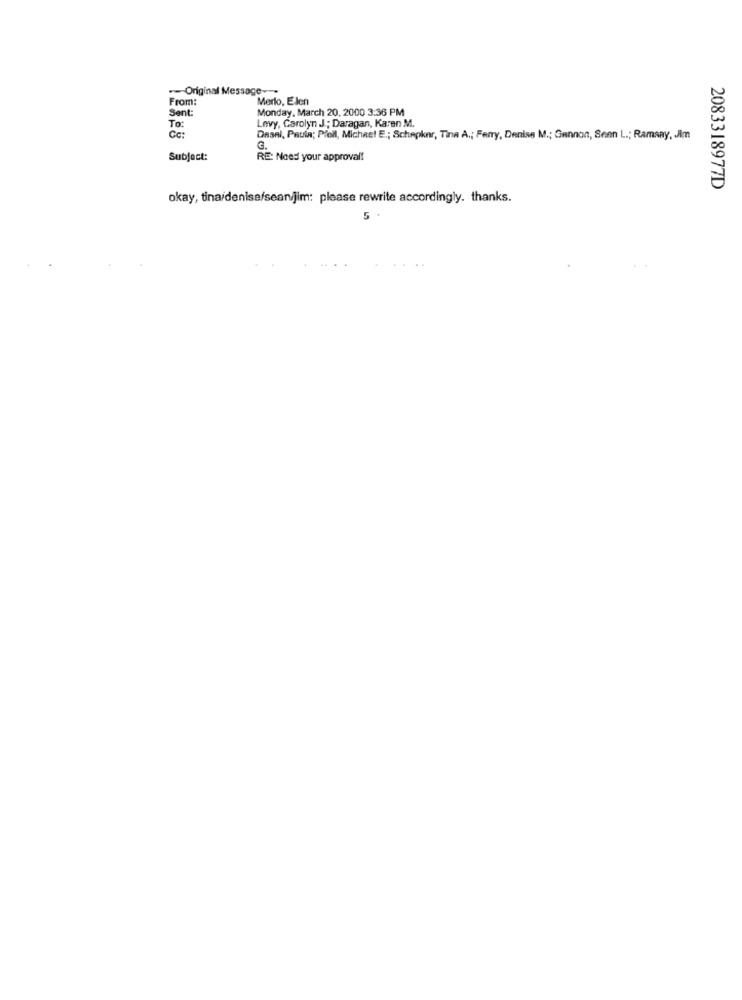
--- Original Message --
From:
Merlo, Elen
Sent:
Monday, March 20, 2000 3:36 PM
To:
Levy, Carolyn J .; Daragan, Karen M.
Cc:
Dasel, Paula; Piell, Michest E .; Schepker, Tina A .; Ferry, Denise M .; Gannon, Senn L .; Ramsay, JIm
3.
Subject:
RE: Need your approval!
2083318977D
okay, tina/denise/seanjim: please rewrite accordingly. thanks.
5